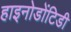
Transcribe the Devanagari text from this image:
हाइनोडोंटिडी